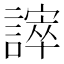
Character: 𧫒